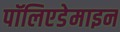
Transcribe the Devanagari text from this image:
पॉलिएडेमाइन